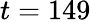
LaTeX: t=149